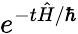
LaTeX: e^{-t{\hat{H}}/\hbar}